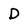
Character: D